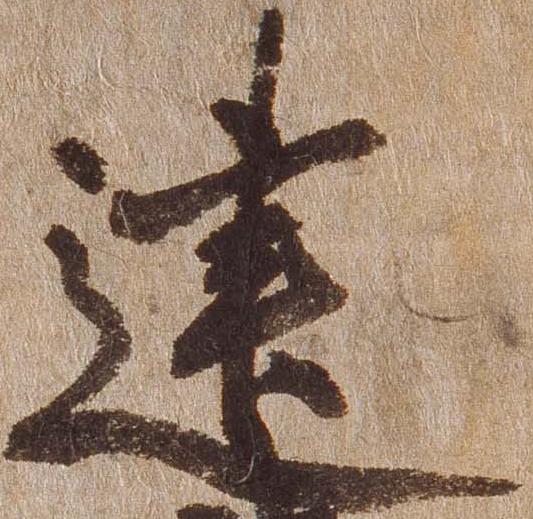
建